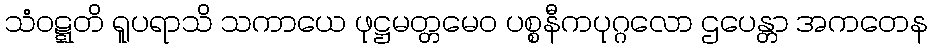
သံဝဋ္ဋတိ ရူပရာသိ သကာယေ ဖုဋ္ဌမတ္တမေဝ ပစ္စနီကပုဂ္ဂလော ဌပေန္တာ အကတေန